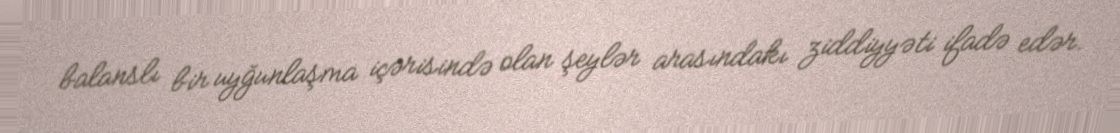
balanslı bir uyğunlaşma içərisində olan şeylər arasındakı ziddiyyəti ifadə edər.